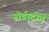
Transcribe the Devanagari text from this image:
नोर्डस्टोर्म